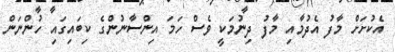
އެކުށަށް މާފު އެދުމާއި މާފު ދިނުމަކީ ވެސް ހަމަ އިންސާނުންގެ ކިބައިގައި ހުންނަން